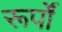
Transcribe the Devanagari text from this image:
रूर्पों